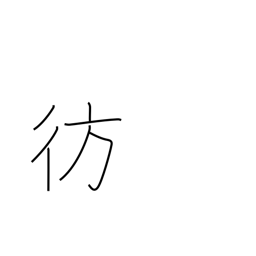
Meaning: stray